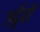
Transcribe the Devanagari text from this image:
उर्दूदाँ